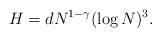
LaTeX: \begin{align*}H=dN^{1-\gamma}(\log N)^{3}.\end{align*}